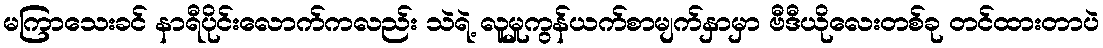
မကြာသေးခင် နာရီပိုင်းလောက်ကလည်း သဲရဲ့ လူမှုကွန်ယက်စာမျက်နှာမှာ ဗီဒီယိုလေးတစ်ခု တင်ထားတာပဲ